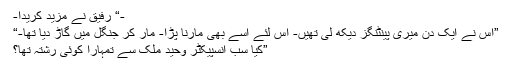
-“ رفیق نے مزید کریدا-
”اس نے ایک دن میری پینٹنگز دیکھ لی تھیں- اس لئے اسے بھی مارنا پڑا- مار کر جنگل میں گاڑ دیا تھا-“
”کیا سب انسپیکٹر وحید ملک سے تمہارا کوئی رشتہ تھا؟